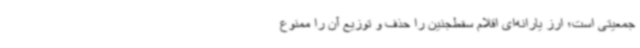
جمعیتی است؛ ارز یارانه‌ای اقلام سقط‌جنین را حذف و توزیع آن را ممنوع